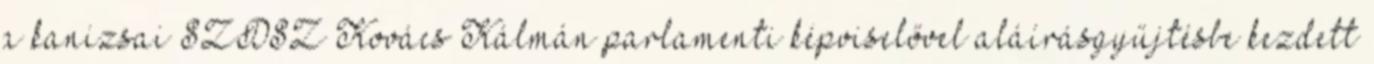
a kanizsai SZDSZ Kovács Kálmán parlamenti képviselővel aláírásgyűjtésbe kezdett